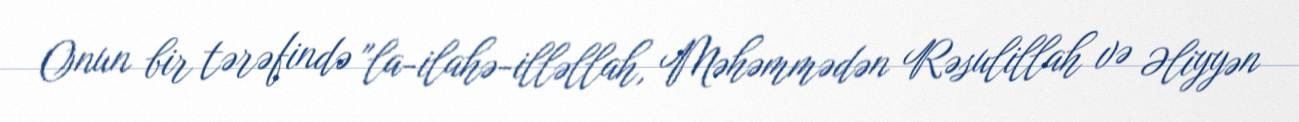
Onun bir tərəfində "la-ilahə-illəllah, Məhəmmədən Rəsulillah və Əliyyən